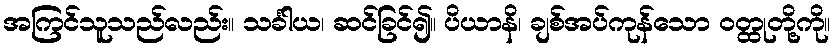
အကြင်သူသည်လည်း။ သင်္ခါယ၊ ဆင်ခြင်၍။ ပိယာနိ၊ ချစ်အပ်ကုန်သော ဝတ္ထုတို့ကို။